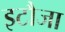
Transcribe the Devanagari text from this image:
इटौजा